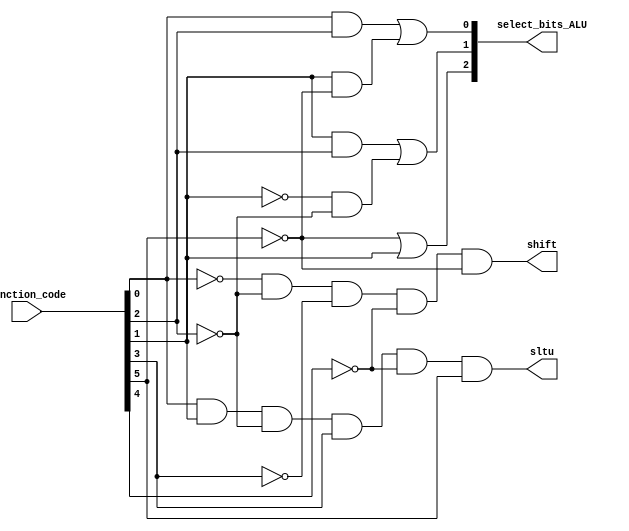
module control_unit(select_bits_ALU, shift, sltu, function_code);

input [5:0] function_code;
output [2:0] select_bits_ALU;
output shift;
output sltu;

wire f0andf2;
wire f5not;
wire f1andf5not;
wire f1andf2;
wire f1not;
wire f2not;
wire f1notandf2not;
wire f4not;
wire f0not;
wire f3not;


// s0 bit
and(f0andf2, function_code[0],function_code[2]);
not(f5not, function_code[5]);
and(f1andf5not, function_code[1], f5not);
or(select_bits_ALU[0], f0andf2, f1andf5not);

// s1 bit

and(f1andf2, function_code[1],function_code[2]);
not(f1not, function_code[1]);
not(f2not, function_code[2]);
and(f1notandf2not,f1not,f2not);
or(select_bits_ALU[1], f1andf2, f1notandf2not);

// s2 bit

or(select_bits_ALU[2], f5not, function_code[1]);

// sltu signal 

not(f4not, function_code[4]);
and(sltu, function_code[0], function_code[1],f2not,function_code[3],f4not, function_code[5]);

// shift signal 

not(f3not,function_code[3]);
not(f0not,function_code[0]);
and(shift, f0not, f2not, f3not, f4not, f5not);

//this module use just structural verilog
//contol unit part = convert to function code(6bits) to select bits(3bits)(needs ALU)
//for control unit part, have to design circuit that can only do this job. 
//(Remember the lecture,first step use K-map.......)

//example
//input = function_code = 20(hex) = 32(dec) = add
//output = select_bits_ALU = 010(binary) = 2(dec) = add

//function_code = 02(srl) -> select bits == 101 (alu32 can work srl)


endmodule